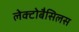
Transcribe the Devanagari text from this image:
लेक्टोबैसिलस